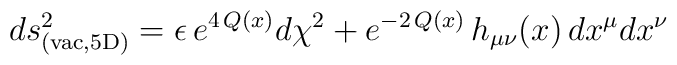
ds^2_{\rm (vac,5D)} = \epsilon\,e^{4\,Q(x)}d\chi^2+e^{-2\,Q(x)}\,h_{\mu\nu}(x)\,dx^{\mu}dx^{\nu}